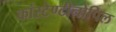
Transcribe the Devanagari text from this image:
कांस्टेण्टीनोपिल